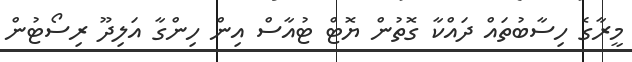
މީރާގެ ހިސާބުތައް ދައްކާ ގޮތުން ޔޮޓް ޓުއާސް އިން ހިންގާ އަލިދޫ ރިސޯޓުން